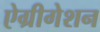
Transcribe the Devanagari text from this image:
ऐग्रीगेशन